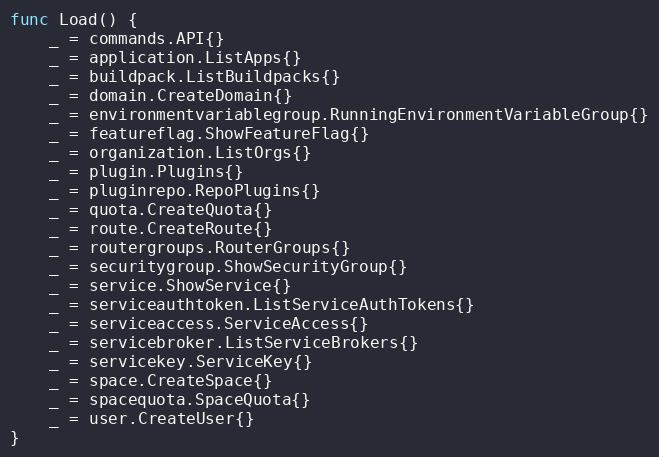
Language: Go
func Load() {
	_ = commands.API{}
	_ = application.ListApps{}
	_ = buildpack.ListBuildpacks{}
	_ = domain.CreateDomain{}
	_ = environmentvariablegroup.RunningEnvironmentVariableGroup{}
	_ = featureflag.ShowFeatureFlag{}
	_ = organization.ListOrgs{}
	_ = plugin.Plugins{}
	_ = pluginrepo.RepoPlugins{}
	_ = quota.CreateQuota{}
	_ = route.CreateRoute{}
	_ = routergroups.RouterGroups{}
	_ = securitygroup.ShowSecurityGroup{}
	_ = service.ShowService{}
	_ = serviceauthtoken.ListServiceAuthTokens{}
	_ = serviceaccess.ServiceAccess{}
	_ = servicebroker.ListServiceBrokers{}
	_ = servicekey.ServiceKey{}
	_ = space.CreateSpace{}
	_ = spacequota.SpaceQuota{}
	_ = user.CreateUser{}
}